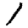
Digit: 1